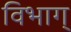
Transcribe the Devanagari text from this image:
विभाग्